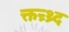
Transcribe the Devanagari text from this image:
क्तन्र्थ्र्द